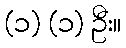
(၁) (၁) ဦး။